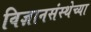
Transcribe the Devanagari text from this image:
विज्ञानसंस्थेच्या